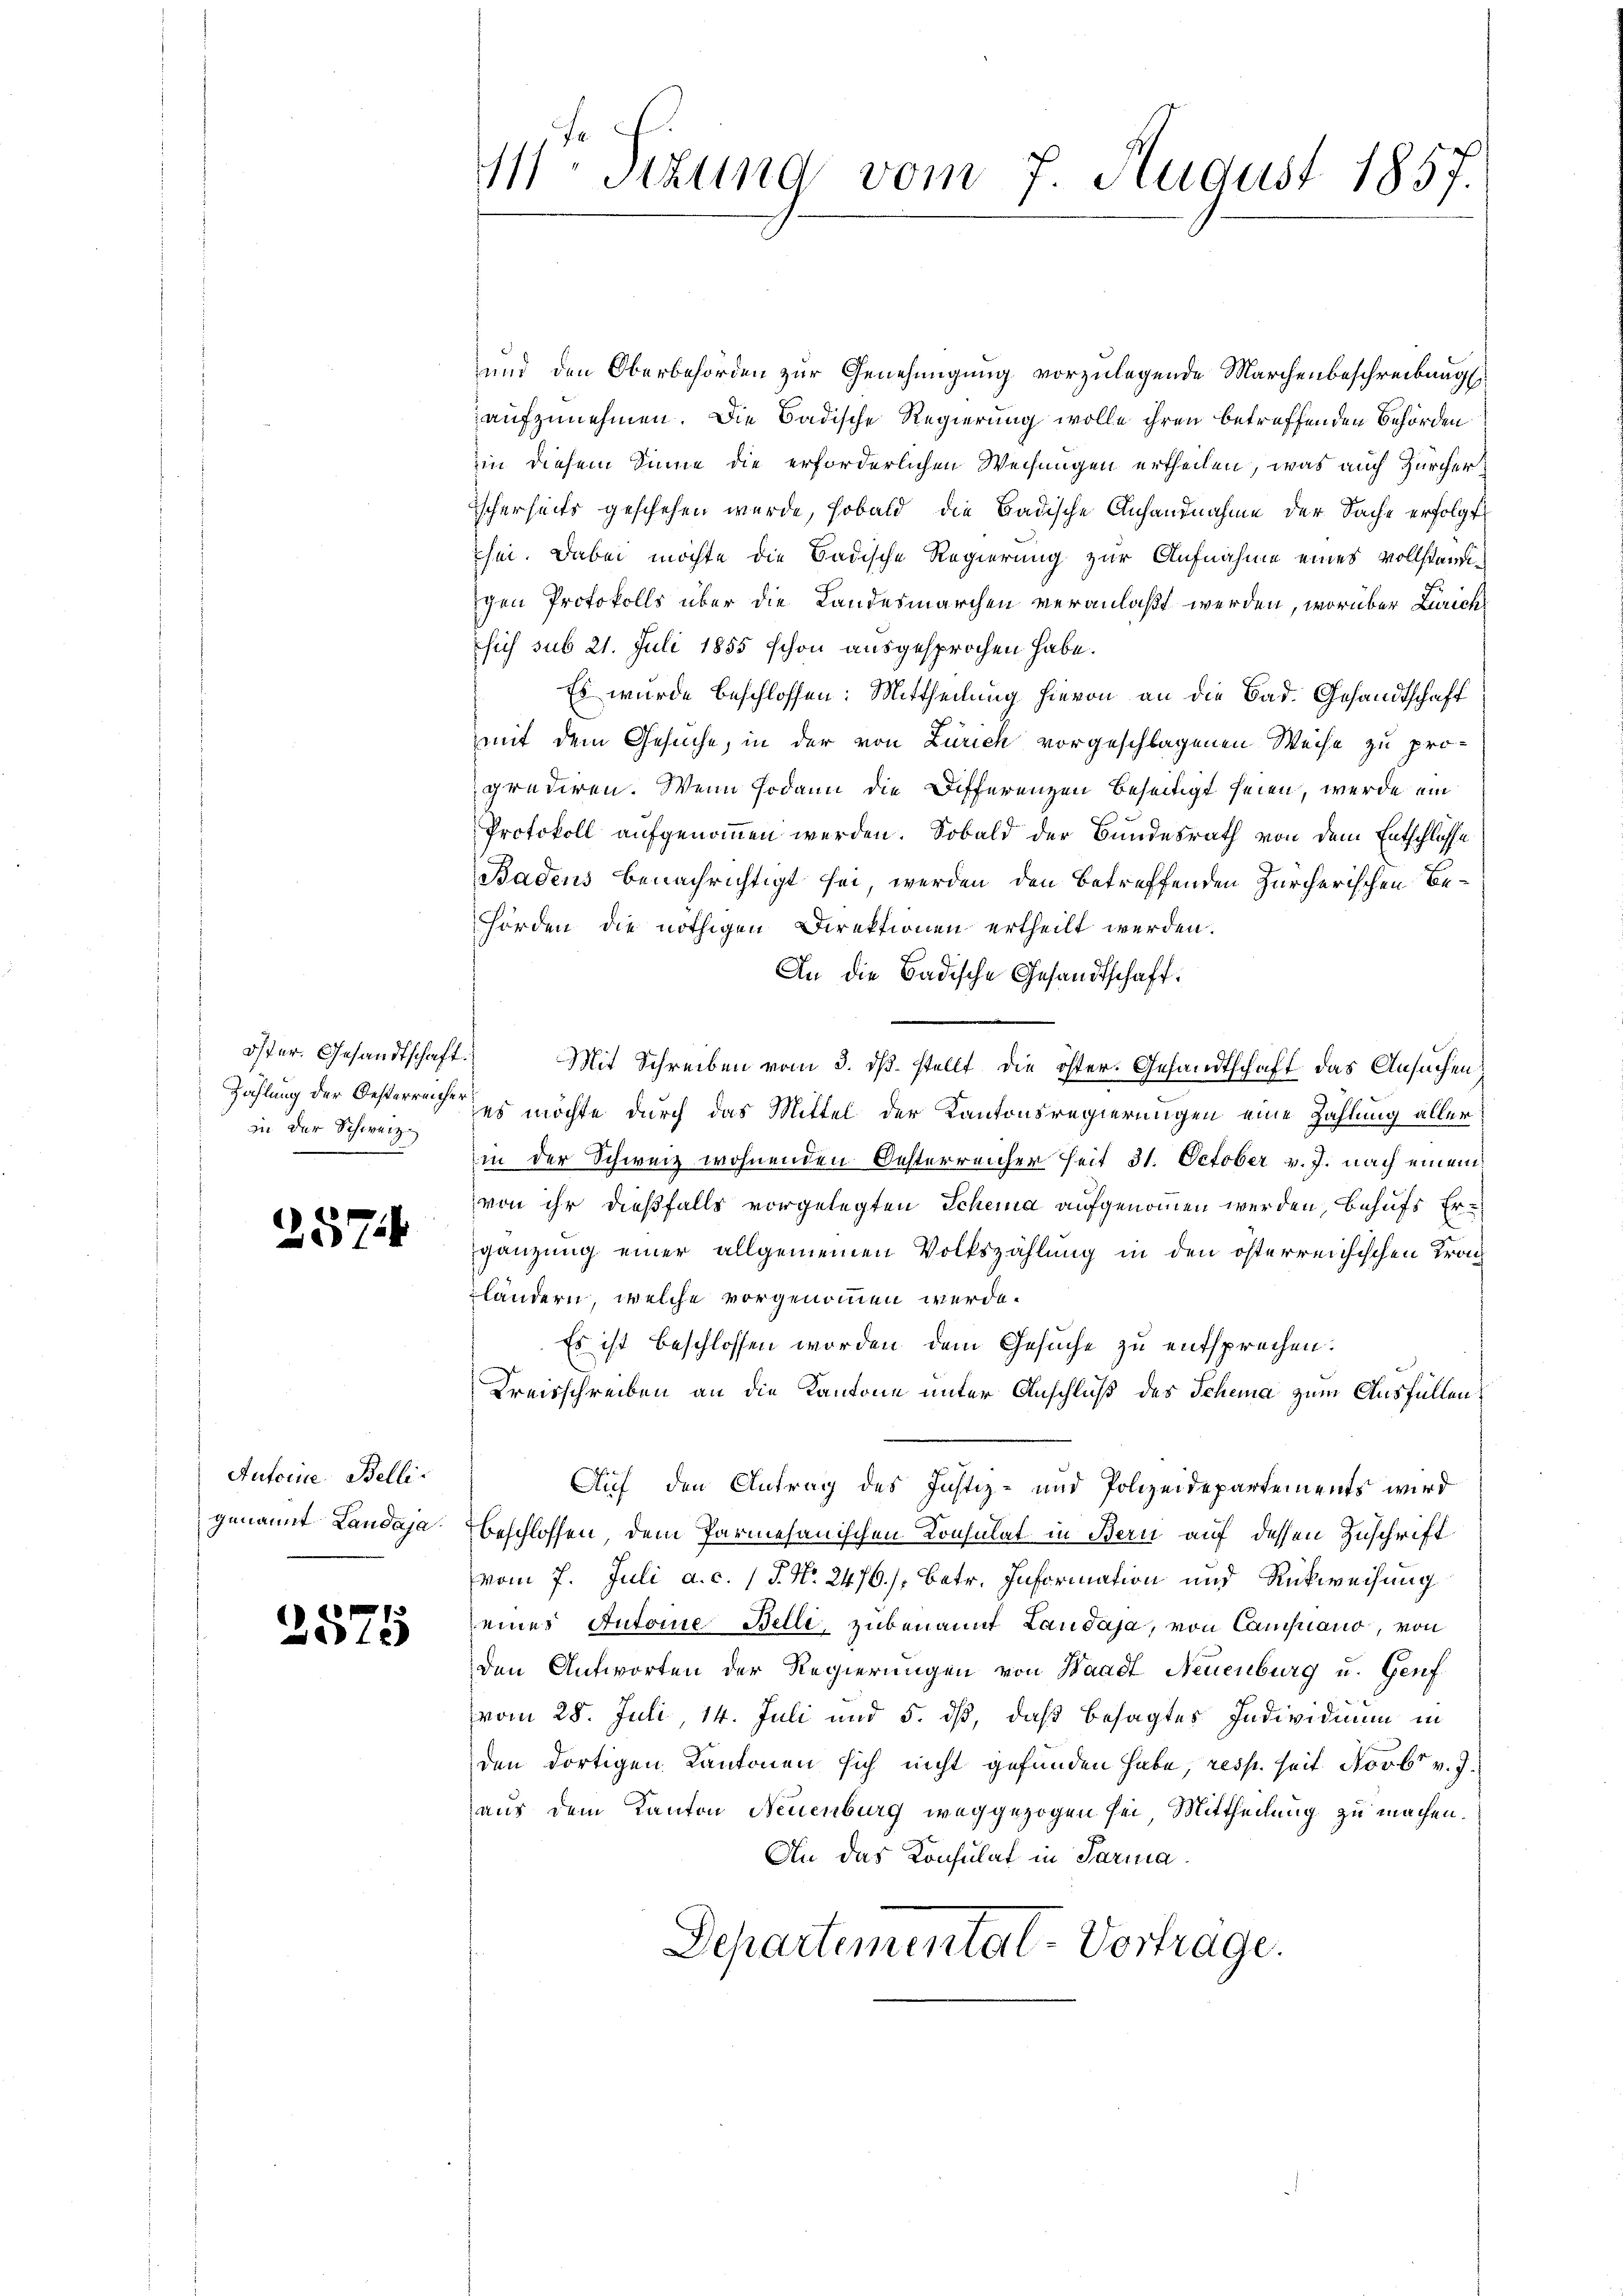
öster. Gesandtschaft.
Zahlung der Oesterreicher
in der Schweiz.
.

2574

Antoine Belli
genannt Landaja.

2575

111 Sizung vom 7. August 1857.

und den Oberbehörden zur Genehmigung vorzulegende Marchenbeschreibungs
aufzunehmen. Die Badische Regierung wolle ihren betreffenden Behörden
in diesem Sinne die erforderlichen Weisungen ertheilen, was auch Zürcher
ischerseits geschehen wurde, sobald die Badische Anhandnahme der Sache erfolgt,
sei. Dabei möchte die Badische Regierung zur Aufnahme eines vollständigen Protokolls über die Landesmarchen veranlaßt werden, worüber Zürich
sich sub 21. Juli 1855 schon ausgesprochen habe.
Es wurde beschlossen: Mittheilung hievon an die Bad. Gesandtschaft
mit dem Gesuche, in der von Zürich vorgeschlagenen Weise zu proprudiren. Wenn sodann die Differenzen beseitigt seien, werde ein
Protokoll aufgenommen werden. Sobald der Bundesrath von dem Entschlosse
Badens benachrichtigt sei, werden den betreffenden Zürcherischen Behörden die nöthigen Direktionen ertheilt werden.
An die Badische Gesandtschaft:
Mit Schreiben vom 3. ds. stellt die öster. Gesandtschaft das Ansuchen
es möchte durch das Mittel der Kantonsregierungen eine Zahlung aller
in der Schweiz wohnenden Oesterreicher seit 31. October v. J. nach einem
von ihr dießfalls vorgelegten Schema aufgenommen werden, behufs Ergänzung einer allgemeinen Volkszählung in den österreichischen Kronländern, welche vorgenommen werde.
Es ist beschlossen worden dem Gesuche zu entsprechen.
Kreisschreiben an die Kantone unter Anschluß der Scheina zum Ausfüllen
Auf den Antrag des Justiz- und Polizeidepartements wird
beschlossen, dem Parmesanischen Consulat in Bern auf dessen Zuschrift
vom 7. Juli a. c. (T. No. 2476), Betr. Information und Rückweisung
eines Autore Belle, zubenannt Laudaja, von Campano, von
den Antworten der Regierungen von Waadt Neuenburg u. Genf
vom 28. Juli 14. Juli und 5. dß, daß besagtes Individium in
den dortigen Kantonen sich nicht gefunden habe, resp. seit Novbr v. J.
aus dem Kanton Neuenburg weggezogen sei, Mittheilung zu machen.
An das Konsulat in Parma
Departementat-Vortrage.